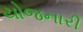
યોજનારી